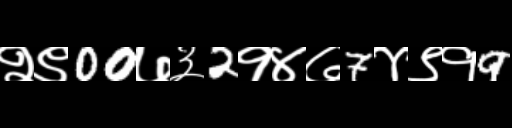
Text: २९00७३2१४७7४९१9